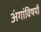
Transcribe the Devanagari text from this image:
अंगांविषयी